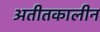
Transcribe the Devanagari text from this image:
अतीतकालीन